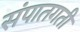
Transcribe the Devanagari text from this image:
संपातगती